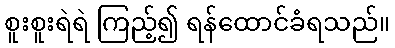
စူးစူးရဲရဲ ကြည့်၍ ရန်ထောင်ခံရသည်။